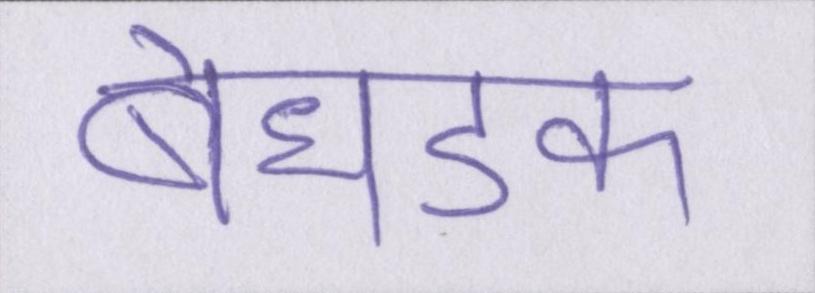
बेधडक